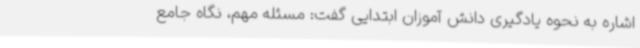
اشاره به نحوه یادگیری دانش آموزان ابتدایی گفت: مسئله مهم، نگاه جامع